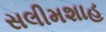
સલીમશાહ